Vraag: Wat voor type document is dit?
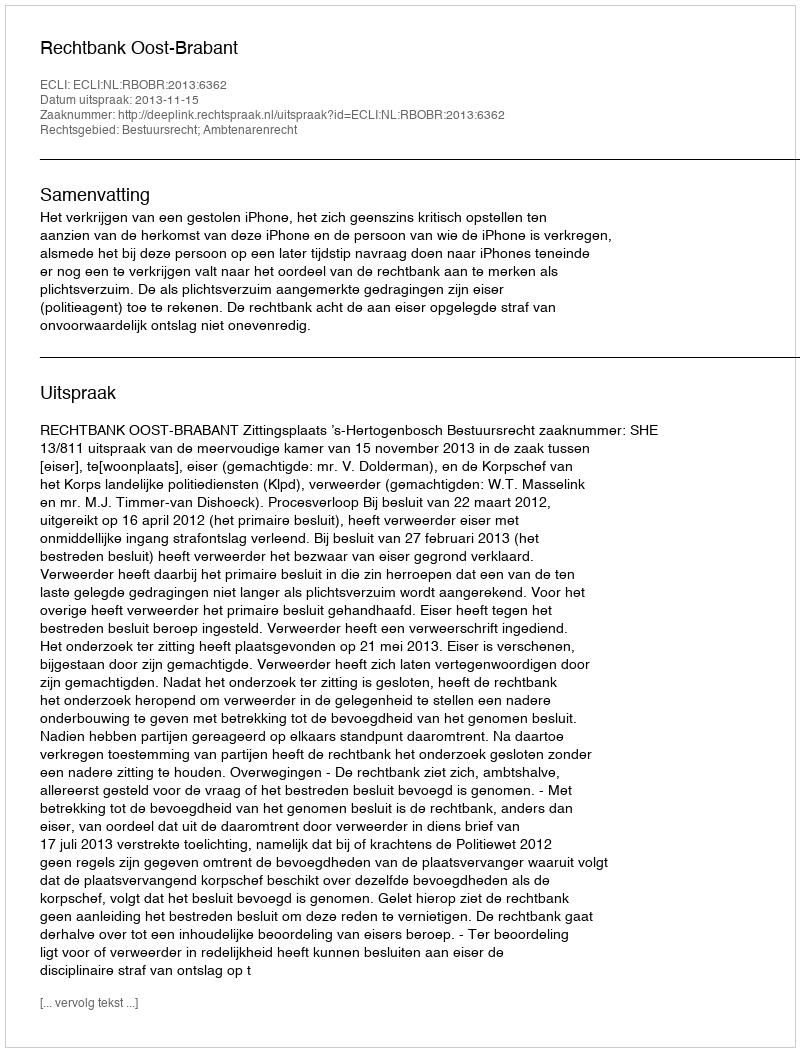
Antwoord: Uitspraak